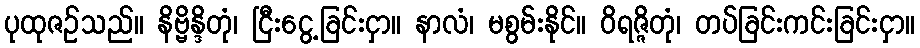
ပုထုဇဉ်သည်။ နိဗ္ဗိန္ဒိတုံ၊ ငြီးငွေ့ခြင်းငှာ။ နာလံ၊ မစွမ်းနိုင်။ ဝိရဇ္ဇိတုံ၊ တပ်ခြင်းကင်းခြင်းငှာ။